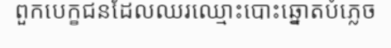
ពួកបេក្ខជនដែលឈរឈ្មោះបោះឆ្នោតបំភ្លេច